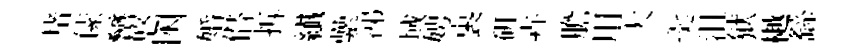
堵傃巒悠囦婚僣拆纎纍涕域娉裹研卉膽用大羮沮狱樾繇